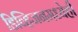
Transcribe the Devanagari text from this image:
डिव्हिजनमध्येही